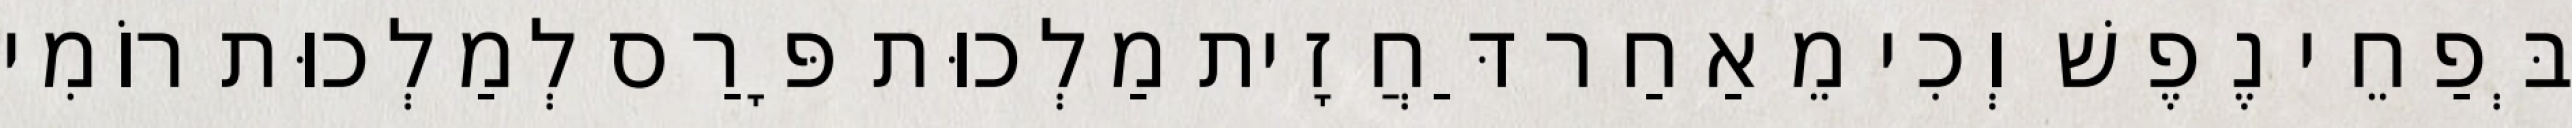
בְּפַחֵי נֶפֶשׁ וְכִי מֵאַחַר דַּחֲזָית מַלְכוּת פָּרַס לְמַלְכוּת רוֹמִי